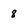
Character: 8